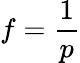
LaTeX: f={\frac{1}{p}}